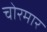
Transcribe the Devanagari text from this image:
चोरमार